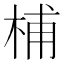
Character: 㭪